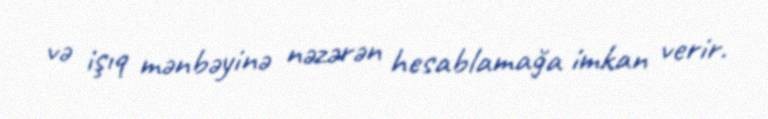
və işıq mənbəyinə nəzərən hesablamağa imkan verir.